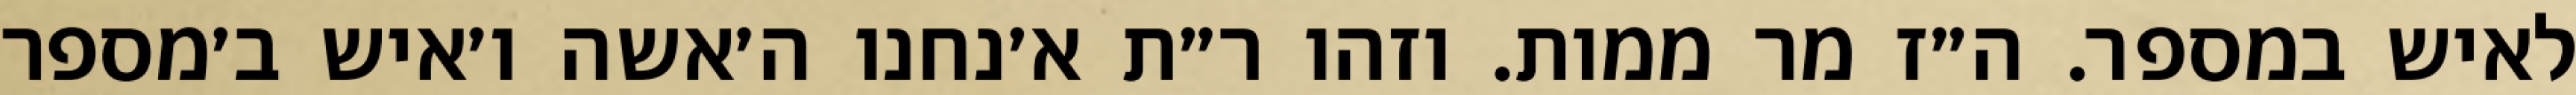
לאיש במספר. ה״ז מר ממות. וזהו ר״ת א׳נחנו ה׳אשה ו׳איש ב׳מספר